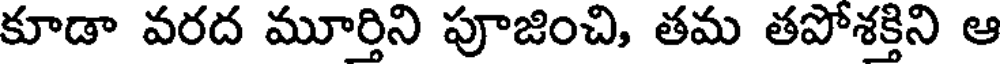
కూడా వరద మూర్తిని పూజించి, తమ తపోశక్తిని ఆ